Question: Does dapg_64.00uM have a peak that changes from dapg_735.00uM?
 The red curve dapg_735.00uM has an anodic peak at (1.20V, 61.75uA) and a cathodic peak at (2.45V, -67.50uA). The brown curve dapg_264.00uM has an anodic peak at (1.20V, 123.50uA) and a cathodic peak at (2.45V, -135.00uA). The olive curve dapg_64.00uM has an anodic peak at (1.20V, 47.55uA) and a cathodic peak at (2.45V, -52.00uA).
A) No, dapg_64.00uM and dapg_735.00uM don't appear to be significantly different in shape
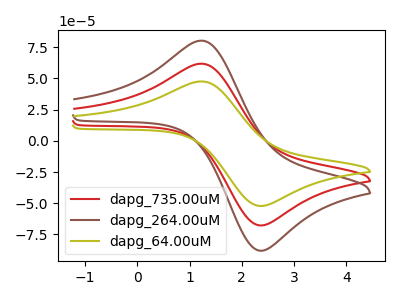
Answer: <think>All the peaks in "dapg_64.00uM" have a peak in "dapg_735.00uM" at the same potential. Every peak in "dapg_64.00uM" is lower than every peak in "dapg_735.00uM".
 </think>
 <answer>A) No, "dapg_64.00uM" and "dapg_735.00uM" don't appear to be significantly different in shape</answer>
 <eval>A</eval>